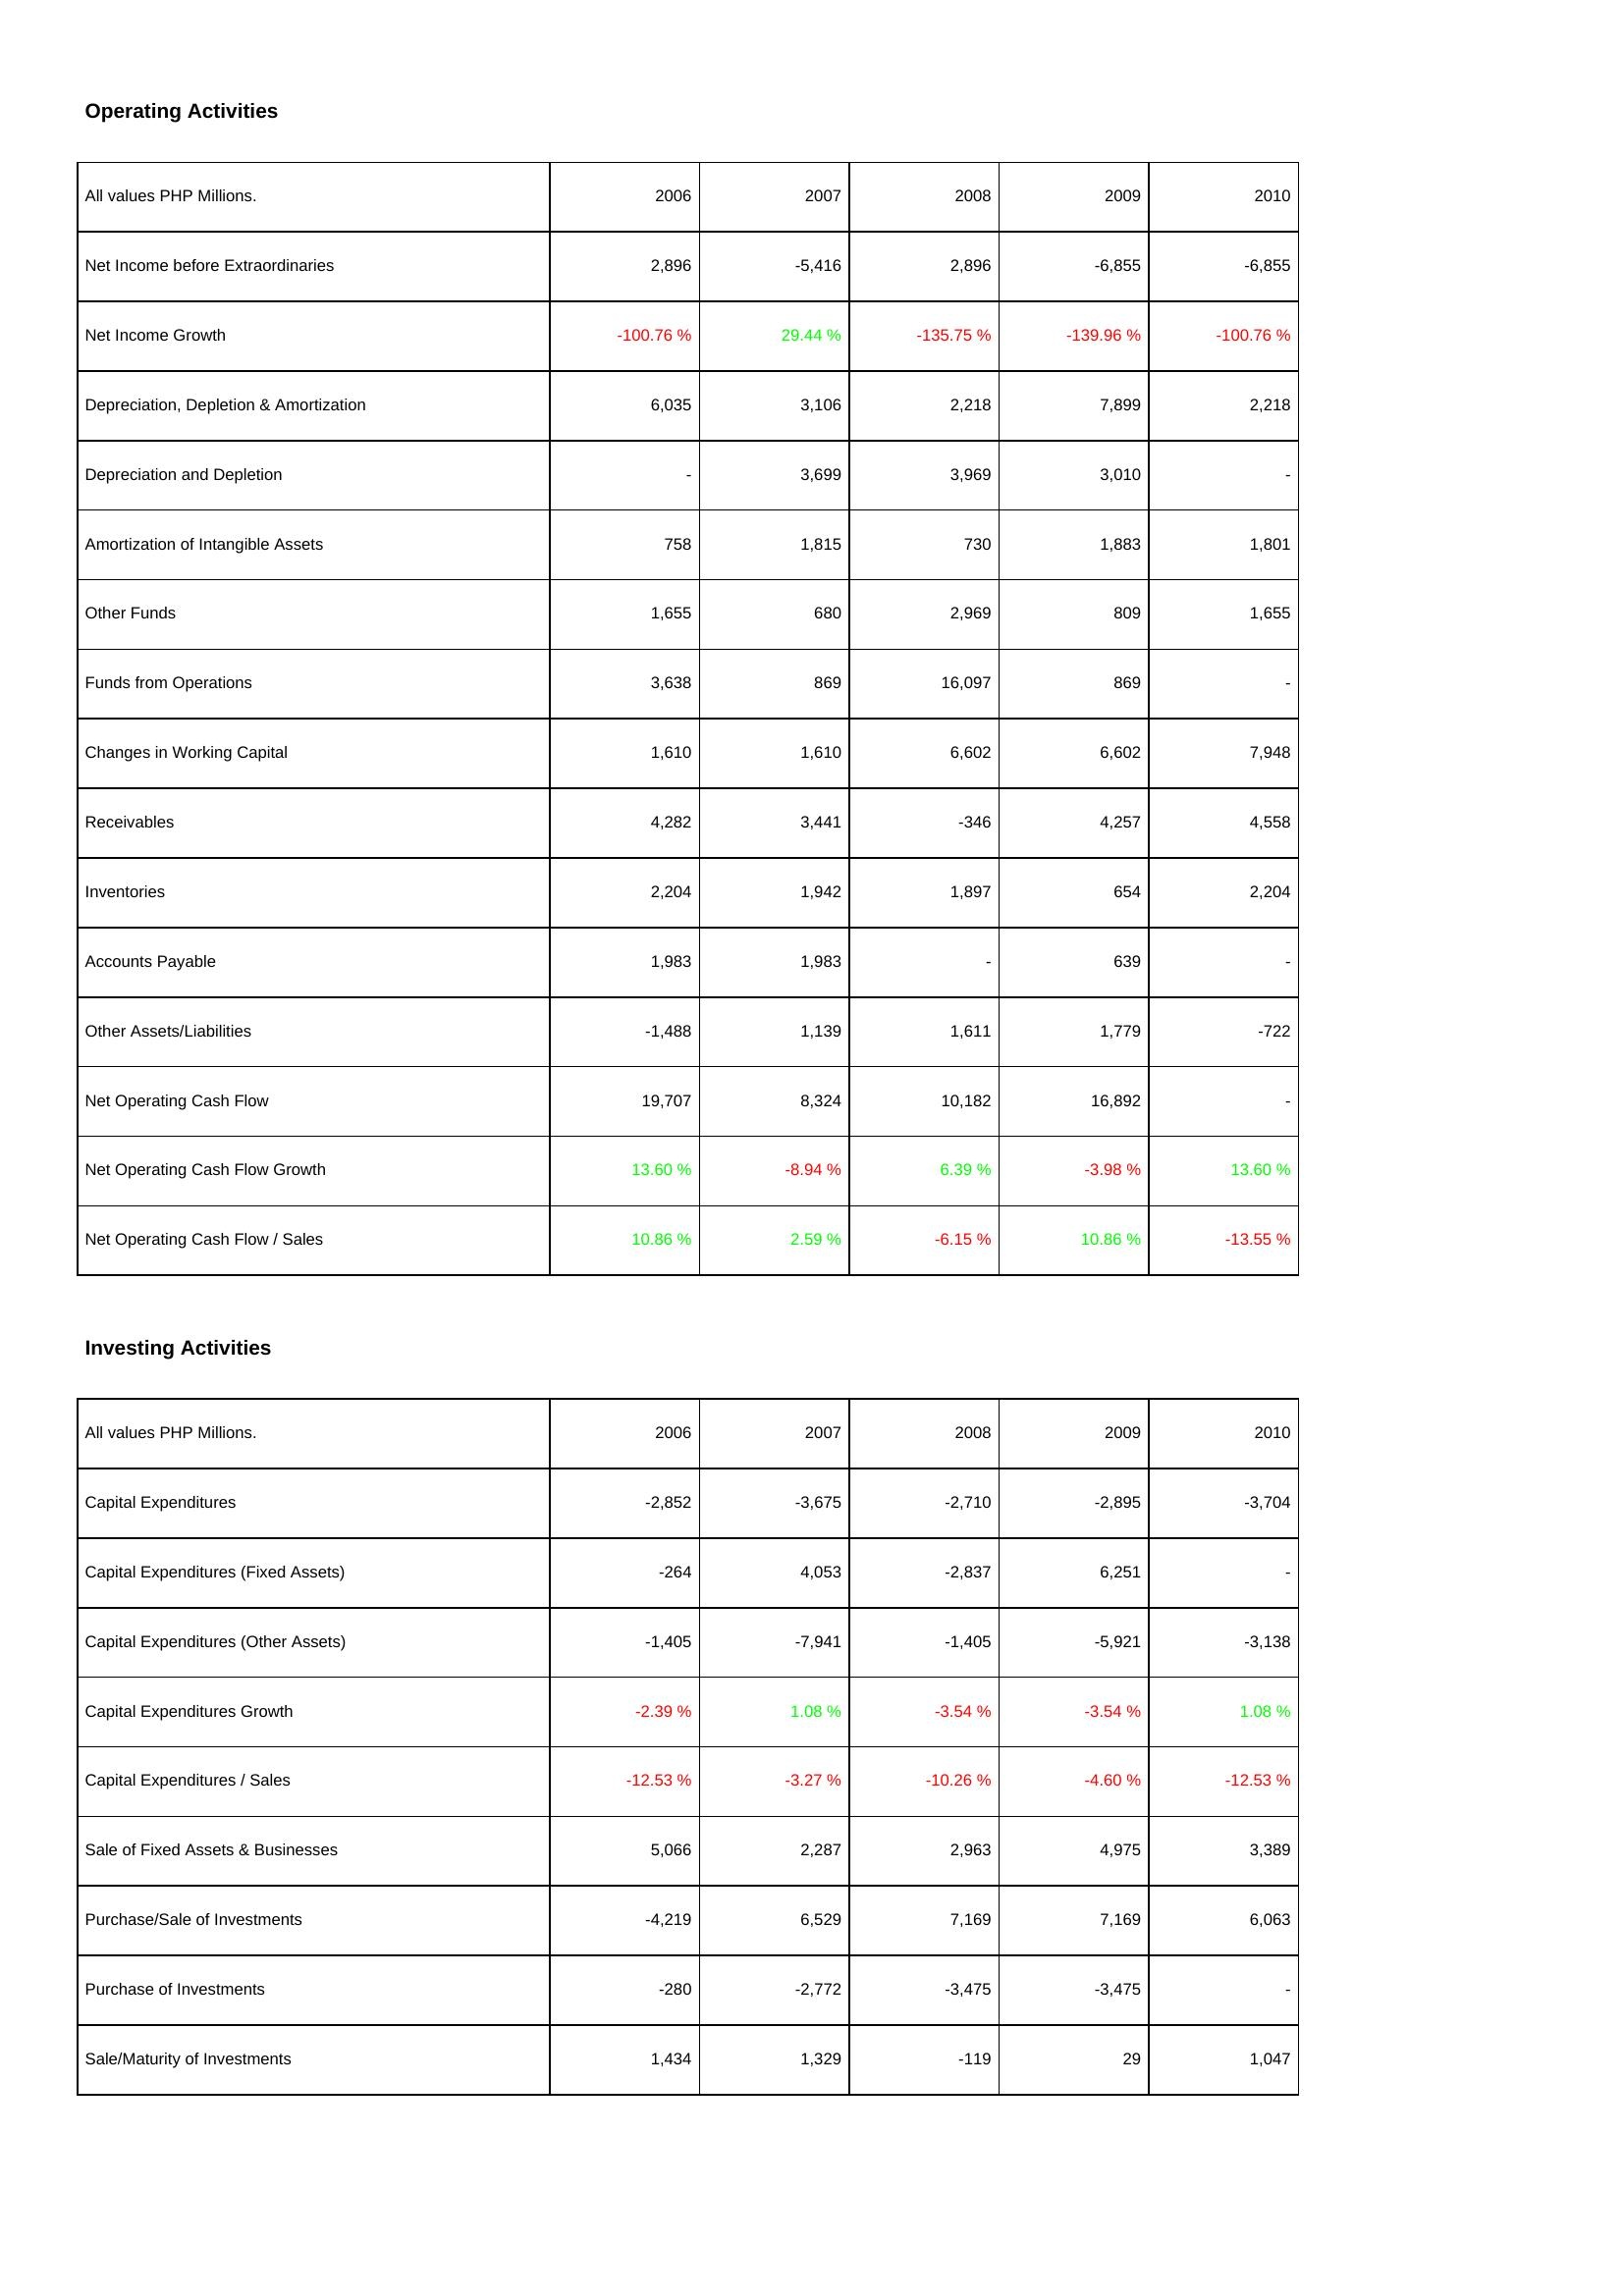
2006: Operating Activities: Net Income before Extraordinaries: 2,896
Net Income Growth: -100.76 %
Depreciation, Depletion & Amortization: 6,035
Depreciation and Depletion: -
Amortization of Intangible Assets: 758
Other Funds: 1,655
Funds from Operations: 3,638
Changes in Working Capital: 1,610
Receivables: 4,282
Inventories: 2,204
Accounts Payable: 1,983
Other Assets/Liabilities: -1,488
Net Operating Cash Flow: 19,707
Net Operating Cash Flow Growth: 13.60 %
Net Operating Cash Flow / Sales: 10.86 %
Investing Activities: Capital Expenditures: -2,852
Capital Expenditures (Fixed Assets): -264
Capital Expenditures (Other Assets): -1,405
Capital Expenditures Growth: -2.39 %
Capital Expenditures / Sales: -12.53 %
Sale of Fixed Assets & Businesses: 5,066
Purchase/Sale of Investments: -4,219
Purchase of Investments: -280
Sale/Maturity of Investments: 1,434
2007: Operating Activities: Net Income before Extraordinaries: -5,416
Net Income Growth: 29.44 %
Depreciation, Depletion & Amortization: 3,106
Depreciation and Depletion: 3,699
Amortization of Intangible Assets: 1,815
Other Funds: 680
Funds from Operations: 869
Changes in Working Capital: 1,610
Receivables: 3,441
Inventories: 1,942
Accounts Payable: 1,983
Other Assets/Liabilities: 1,139
Net Operating Cash Flow: 8,324
Net Operating Cash Flow Growth: -8.94 %
Net Operating Cash Flow / Sales: 2.59 %
Investing Activities: Capital Expenditures: -3,675
Capital Expenditures (Fixed Assets): 4,053
Capital Expenditures (Other Assets): -7,941
Capital Expenditures Growth: 1.08 %
Capital Expenditures / Sales: -3.27 %
Sale of Fixed Assets & Businesses: 2,287
Purchase/Sale of Investments: 6,529
Purchase of Investments: -2,772
Sale/Maturity of Investments: 1,329
2008: Operating Activities: Net Income before Extraordinaries: 2,896
Net Income Growth: -135.75 %
Depreciation, Depletion & Amortization: 2,218
Depreciation and Depletion: 3,969
Amortization of Intangible Assets: 730
Other Funds: 2,969
Funds from Operations: 16,097
Changes in Working Capital: 6,602
Receivables: -346
Inventories: 1,897
Accounts Payable: -
Other Assets/Liabilities: 1,611
Net Operating Cash Flow: 10,182
Net Operating Cash Flow Growth: 6.39 %
Net Operating Cash Flow / Sales: -6.15 %
Investing Activities: Capital Expenditures: -2,710
Capital Expenditures (Fixed Assets): -2,837
Capital Expenditures (Other Assets): -1,405
Capital Expenditures Growth: -3.54 %
Capital Expenditures / Sales: -10.26 %
Sale of Fixed Assets & Businesses: 2,963
Purchase/Sale of Investments: 7,169
Purchase of Investments: -3,475
Sale/Maturity of Investments: -119
2009: Operating Activities: Net Income before Extraordinaries: -6,855
Net Income Growth: -139.96 %
Depreciation, Depletion & Amortization: 7,899
Depreciation and Depletion: 3,010
Amortization of Intangible Assets: 1,883
Other Funds: 809
Funds from Operations: 869
Changes in Working Capital: 6,602
Receivables: 4,257
Inventories: 654
Accounts Payable: 639
Other Assets/Liabilities: 1,779
Net Operating Cash Flow: 16,892
Net Operating Cash Flow Growth: -3.98 %
Net Operating Cash Flow / Sales: 10.86 %
Investing Activities: Capital Expenditures: -2,895
Capital Expenditures (Fixed Assets): 6,251
Capital Expenditures (Other Assets): -5,921
Capital Expenditures Growth: -3.54 %
Capital Expenditures / Sales: -4.60 %
Sale of Fixed Assets & Businesses: 4,975
Purchase/Sale of Investments: 7,169
Purchase of Investments: -3,475
Sale/Maturity of Investments: 29
2010: Operating Activities: Net Income before Extraordinaries: -6,855
Net Income Growth: -100.76 %
Depreciation, Depletion & Amortization: 2,218
Depreciation and Depletion: -
Amortization of Intangible Assets: 1,801
Other Funds: 1,655
Funds from Operations: -
Changes in Working Capital: 7,948
Receivables: 4,558
Inventories: 2,204
Accounts Payable: -
Other Assets/Liabilities: -722
Net Operating Cash Flow: -
Net Operating Cash Flow Growth: 13.60 %
Net Operating Cash Flow / Sales: -13.55 %
Investing Activities: Capital Expenditures: -3,704
Capital Expenditures (Fixed Assets): -
Capital Expenditures (Other Assets): -3,138
Capital Expenditures Growth: 1.08 %
Capital Expenditures / Sales: -12.53 %
Sale of Fixed Assets & Businesses: 3,389
Purchase/Sale of Investments: 6,063
Purchase of Investments: -
Sale/Maturity of Investments: 1,047